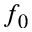
f _ { 0 }